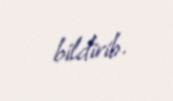
bildirib.